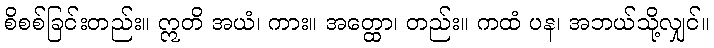
စိစစ်ခြင်းတည်း။ ဣတိ အယံ၊ ကား။ အတ္ထော၊ တည်း။ ကထံ ပန၊ အဘယ်သို့လျှင်။